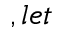
, l e t